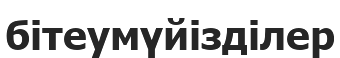
бітеумүйізділер